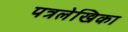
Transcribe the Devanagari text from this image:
पत्रलेखिका